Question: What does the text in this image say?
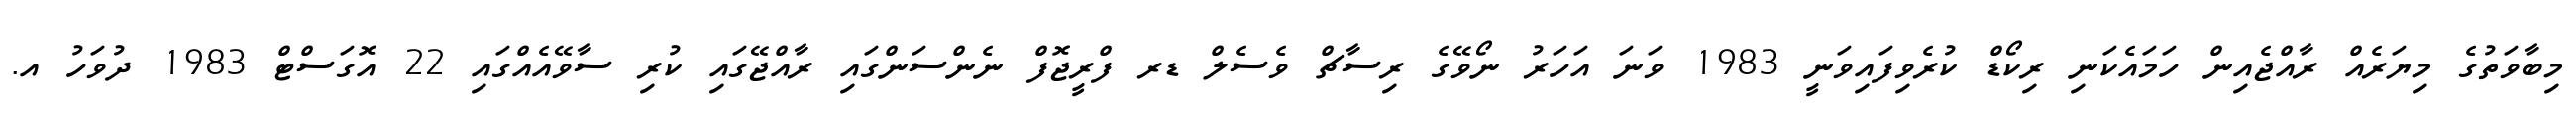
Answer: މިބާވަތުގެ މިޔަރެއް ރާއްޖެއިން ހަމައެކަނި ރިކޯޑް ކުރެވިފައިވަނީ 1983 ވަނަ އަހަރު ނޯވޭގެ ރިސާޗް ވެސެލް ޑރ ފްރީޖޮފް ނެންސަންގައި ރާއްޖޭގައި ކުރި ސާވޭއެއްގައި 22 އޮގަސްޓް 1983 ދުވަހު އ.